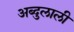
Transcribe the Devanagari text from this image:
अब्दुलाली